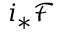
i _ { * } { \mathcal { F } }